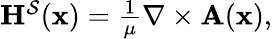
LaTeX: \begin{array}{r}{\mathbf{H}^{\mathcal{S}}(\mathbf{x})=\frac{1}{\mu}\nabla\times\mathbf{A}(\mathbf{x}),}\end{array}